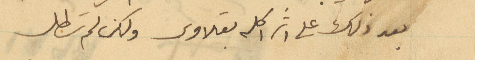
بعد ذلك على اثر اكله بقلاوى ولكن لم تطل